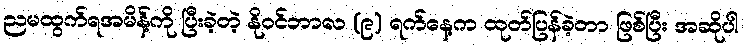
ညမထွက်ရအမိန့်ကို ပြီးခဲ့တဲ့ နိုဝင်ဘာလ (၉) ရက်နေ့က ထုတ်ပြန်ခဲ့တာ ဖြစ်ပြီး အဆိုပါ